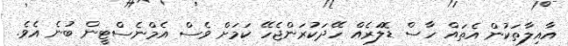
އާއިލާތަކުން އެތައް ހާސް ޑޮލަރެއް ހޭދަކުރަންޖެހޭ ކަމަށް ވެސް އެމްނެސްޓީން ބުނެ އެވެ.